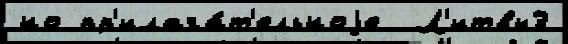
но пр'илага́т'ельноjе  Л'итвы3